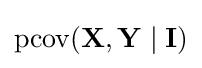
\operatorname {pcov} (\mathbf {X} ,\mathbf {Y} \mid \mathbf {I} )